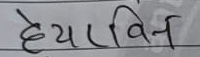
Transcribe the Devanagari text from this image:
हेयरविन